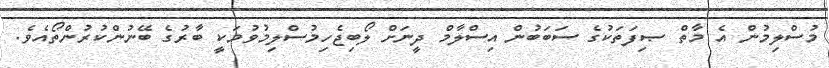
މުސްލިމުން އެ މާތް ޞިފަތަކުގެ ސަބަބުން އިސްލާމް ދީނަށް ލޯބިޖެހިމުސްލިމުވުމަކީ ބާރުގެ ބޭނުންކުރުންތޯއެވެ.